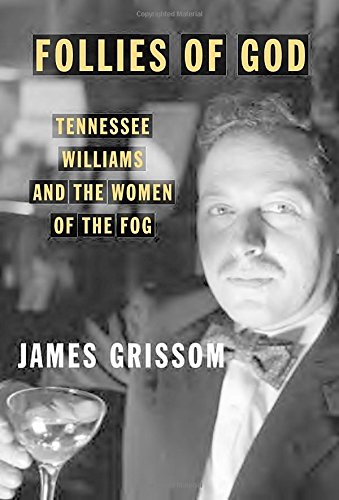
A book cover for Follies of God: Tennessee Williams and the Women of the Fog; James Grissom; Literature & Fiction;